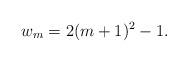
LaTeX: \begin{align*}w_m=2 (m+1)^2-1.\end{align*}